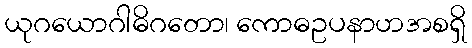
ယုဂယောဂါဓိဂတော၊ ကောဓဥပနာဟအစရှိ